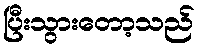
ပြီးသွားတော့သည်